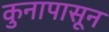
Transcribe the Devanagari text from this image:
कुनापासून